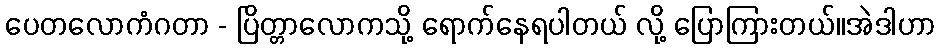
ပေတလောကံဂတာ - ပြိတ္တာလောကသို့ ရောက်နေရပါတယ် လို့ ပြောကြားတယ်။အဲဒါဟာ